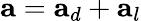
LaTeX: \mathbf{a}=\mathbf{a}_{d}+\mathbf{a}_{l}